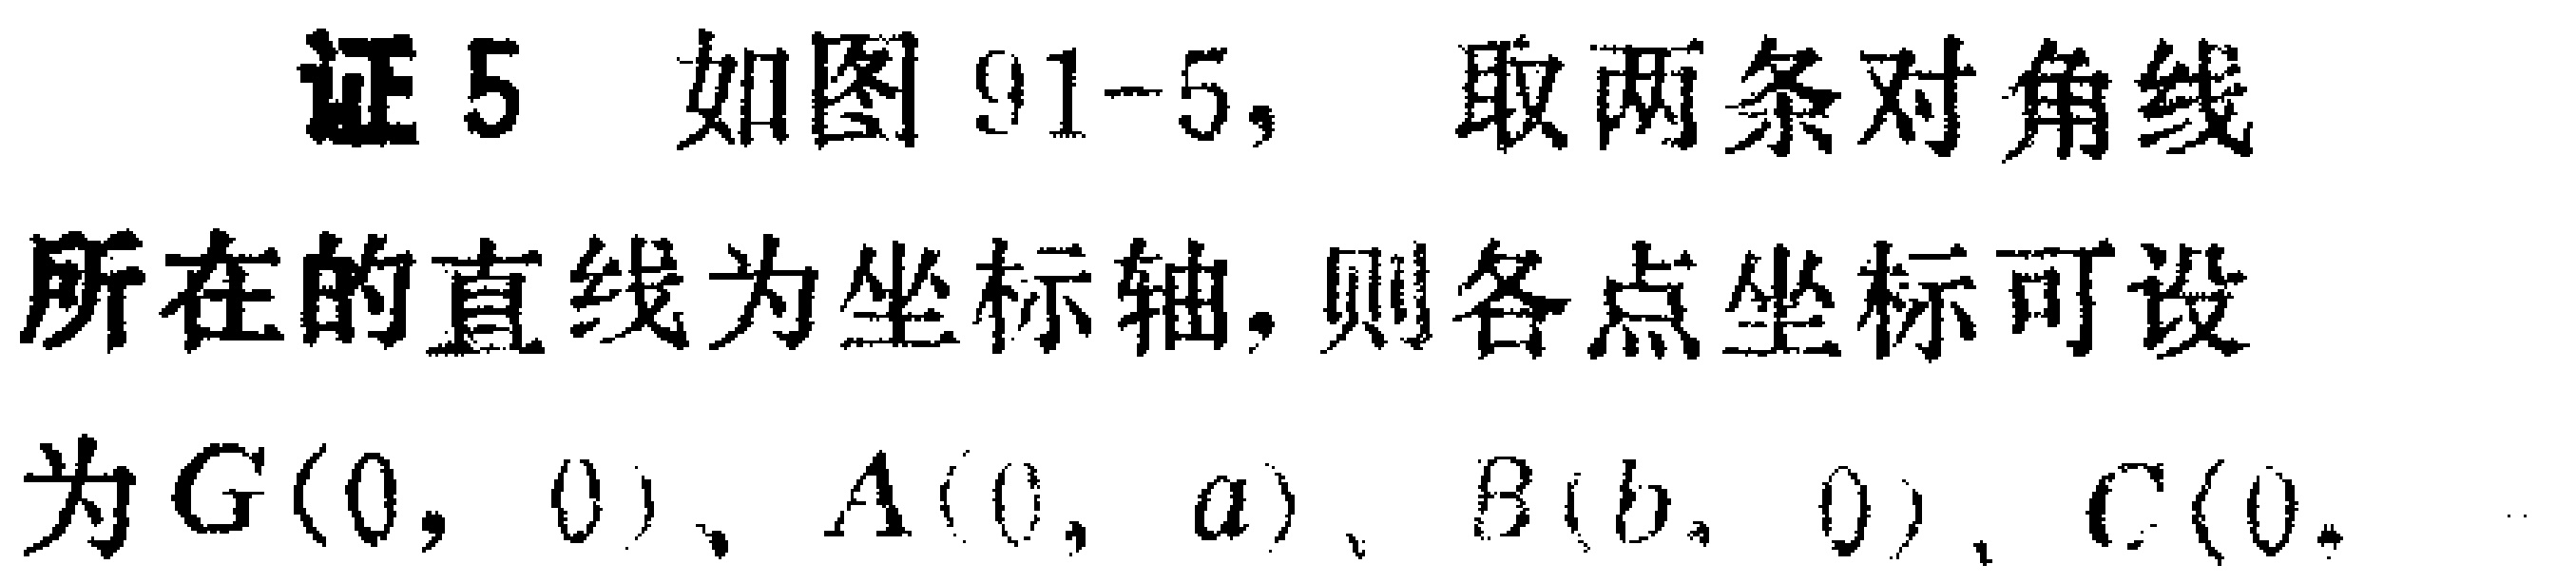
证5 如图91-5，取两条对角线
所在的直线为坐标轴, 则各点坐标可设
为\(G(0,0)\)、\(A(0,a)\)、\(B(b,0)\)、\(C(0,\)